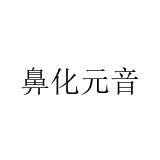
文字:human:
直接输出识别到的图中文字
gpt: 鼻化元音